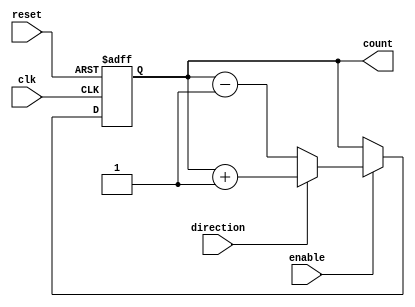
module BidirectionalGrayCounter (
    input wire clk,
    input wire reset,
    input wire enable,
    input wire direction,
    output reg [N-1:0] count
);

parameter N = 4; // Set the number of bits for the counter

reg [N-1:0] next_count;

always @(posedge clk or posedge reset) begin
    if (reset) begin
        count <= 0;
    end else if (enable) begin
        if (direction) begin
            next_count = count + 1;
        end else begin
            next_count = count - 1;
        end
        count <= next_count;
    end
end

endmodule